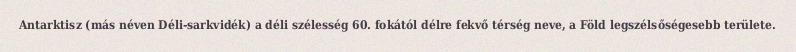
Antarktisz (más néven Déli-sarkvidék) a déli szélesség 60. fokától délre fekvő térség neve, a Föld legszélsőségesebb területe.